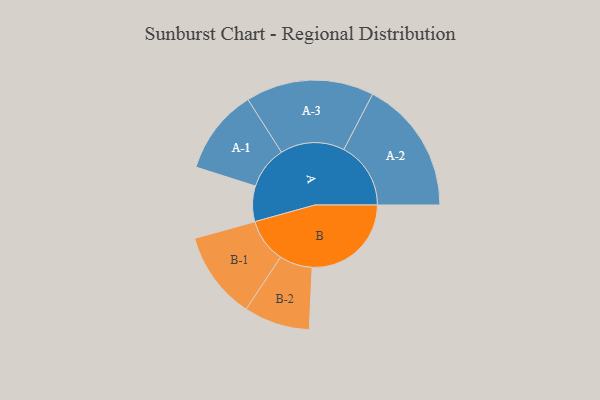
{"axis": {"x": "Segment", "y": "Value"}, "legend": ["", "A", "B"], "data": [{"x": "A", "y": 139, "type": ""}, {"x": "B", "y": 388, "type": ""}, {"x": "A-1", "y": 167, "type": "A"}, {"x": "A-2", "y": 262, "type": "A"}, {"x": "A-3", "y": 251, "type": "A"}, {"x": "B-1", "y": 172, "type": "B"}, {"x": "B-2", "y": 129, "type": "B"}]}